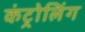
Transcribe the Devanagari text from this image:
कंट्रोलिंग